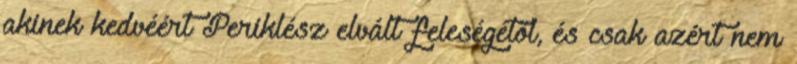
akinek kedvéért Periklész elvált feleségétől, és csak azért nem